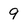
Character: 9